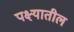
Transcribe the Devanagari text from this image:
पक्ष्यातील